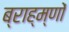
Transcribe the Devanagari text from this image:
ब्राह्म्णों